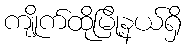
ကျိုက်ထိုမြို့နယ်ရှိ